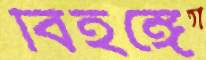
বিহঙ্গে